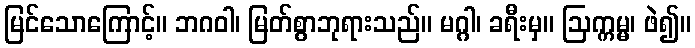
မြင်သောကြောင့်။ ဘဂဝါ၊ မြတ်စွာဘုရားသည်။ မဂ္ဂါ၊ ခရီးမှ။ ဩက္ကမ္မ၊ ဖဲ၍။